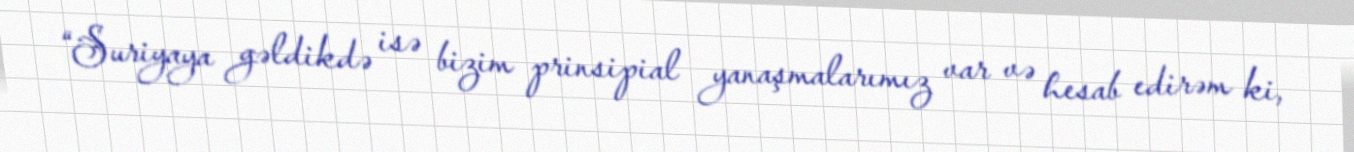
“Suriyaya gəldikdə isə bizim prinsipial yanaşmalarımız var və hesab edirəm ki,